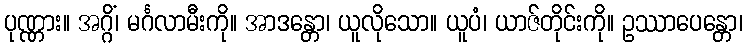
ပုဏ္ဏား။ အဂ္ဂိံ၊ မင်္ဂလာမီးကို။ အာဒန္တော၊ ယူလိုသော။ ယူပံ၊ ယာဇ်တိုင်းကို။ ဥဿာပေန္တော၊